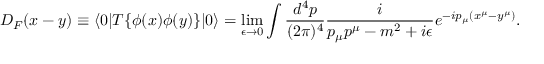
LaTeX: D _ { F } ( x - y ) \equiv \langle 0 | T \{ \phi ( x ) \phi ( y ) \} | 0 \rangle = \operatorname* { l i m } _ { \epsilon \to 0 } \int { \frac { d ^ { 4 } p } { ( 2 \pi ) ^ { 4 } } } { \frac { i } { p _ { \mu } p ^ { \mu } - m ^ { 2 } + i \epsilon } } e ^ { - i p _ { \mu } ( x ^ { \mu } - y ^ { \mu } ) } .